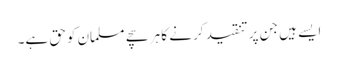
ایسے ہیں جن پر تنقید کرنے کا ہر سچے مسلمان کوحق ہے۔